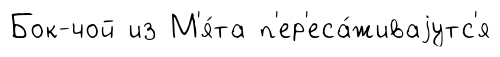
Бок-чой из М'я́та п'ер'еса́живаjутс'я